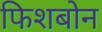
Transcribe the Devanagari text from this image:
फिशबोन